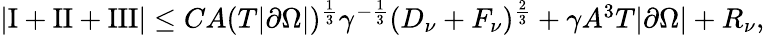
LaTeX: \begin{array}{r}{\left\lvert\mathrm I+\mathrm{II}+\mathrm{III}\right\rvert\le CA(T|\partial\Omega|)^{\frac 13}\gamma^{-\frac 13}(D_{\nu}+F_{\nu})^{\frac 23}+\gamma A^{3}T|\partial\Omega|+R_{\nu},}\end{array}